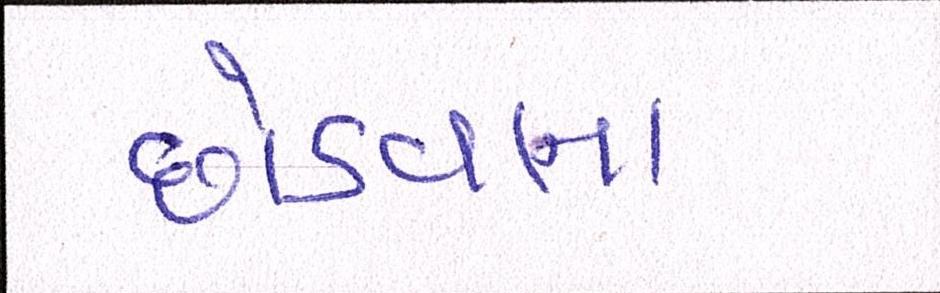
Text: છોડવાના